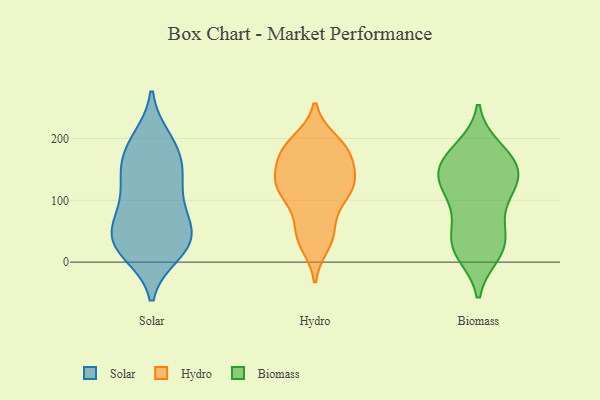
{"axis": {"x": "Customer Acquisition Cost (USD)", "y": "Value"}, "legend": ["Biomass", "Hydro", "Solar"], "data": [{"x": "", "y": 82, "type": "Solar"}, {"x": "", "y": 200, "type": "Solar"}, {"x": "", "y": 41, "type": "Solar"}, {"x": "", "y": 100, "type": "Solar"}, {"x": "", "y": 14, "type": "Solar"}, {"x": "", "y": 29, "type": "Solar"}, {"x": "", "y": 117, "type": "Solar"}, {"x": "", "y": 72, "type": "Solar"}, {"x": "", "y": 194, "type": "Solar"}, {"x": "", "y": 61, "type": "Solar"}, {"x": "", "y": 21, "type": "Solar"}, {"x": "", "y": 150, "type": "Solar"}, {"x": "", "y": 189, "type": "Solar"}, {"x": "", "y": 140, "type": "Solar"}, {"x": "", "y": 31, "type": "Solar"}, {"x": "", "y": 22, "type": "Solar"}, {"x": "", "y": 152, "type": "Solar"}, {"x": "", "y": 49, "type": "Solar"}, {"x": "", "y": 158, "type": "Solar"}, {"x": "", "y": 179, "type": "Hydro"}, {"x": "", "y": 184, "type": "Hydro"}, {"x": "", "y": 112, "type": "Hydro"}, {"x": "", "y": 130, "type": "Hydro"}, {"x": "", "y": 115, "type": "Hydro"}, {"x": "", "y": 135, "type": "Hydro"}, {"x": "", "y": 191, "type": "Hydro"}, {"x": "", "y": 108, "type": "Hydro"}, {"x": "", "y": 126, "type": "Hydro"}, {"x": "", "y": 169, "type": "Hydro"}, {"x": "", "y": 43, "type": "Hydro"}, {"x": "", "y": 132, "type": "Hydro"}, {"x": "", "y": 85, "type": "Hydro"}, {"x": "", "y": 29, "type": "Hydro"}, {"x": "", "y": 48, "type": "Hydro"}, {"x": "", "y": 42, "type": "Hydro"}, {"x": "", "y": 195, "type": "Hydro"}, {"x": "", "y": 170, "type": "Hydro"}, {"x": "", "y": 177, "type": "Hydro"}, {"x": "", "y": 128, "type": "Hydro"}, {"x": "", "y": 74, "type": "Biomass"}, {"x": "", "y": 19, "type": "Biomass"}, {"x": "", "y": 16, "type": "Biomass"}, {"x": "", "y": 175, "type": "Biomass"}, {"x": "", "y": 40, "type": "Biomass"}, {"x": "", "y": 137, "type": "Biomass"}, {"x": "", "y": 184, "type": "Biomass"}, {"x": "", "y": 143, "type": "Biomass"}, {"x": "", "y": 48, "type": "Biomass"}, {"x": "", "y": 149, "type": "Biomass"}, {"x": "", "y": 13, "type": "Biomass"}, {"x": "", "y": 180, "type": "Biomass"}, {"x": "", "y": 109, "type": "Biomass"}, {"x": "", "y": 96, "type": "Biomass"}, {"x": "", "y": 31, "type": "Biomass"}, {"x": "", "y": 125, "type": "Biomass"}, {"x": "", "y": 153, "type": "Biomass"}, {"x": "", "y": 125, "type": "Biomass"}, {"x": "", "y": 152, "type": "Biomass"}]}